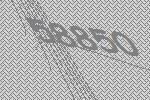
58850